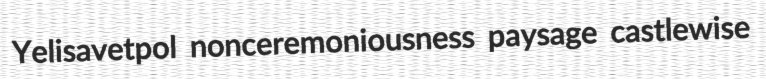
Yelisavetpol nonceremoniousness paysage castlewise